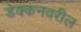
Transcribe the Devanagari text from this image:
डेक्कनवरील